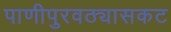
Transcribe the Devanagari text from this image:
पाणीपुरवठ्यासकट